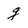
Character: g